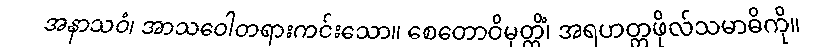
အနာသဝံ၊ အာသဝေါတရားကင်းသော။ စေတောဝိမုတ္တိံ၊ အရဟတ္တဖိုလ်သမာဓိကို။